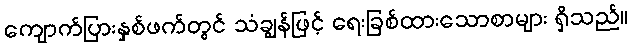
ကျောက်ပြားနှစ်ဖက်တွင် သံချွန်ဖြင့် ရေးခြစ်ထားသောစာများ ရှိသည်။